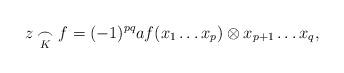
LaTeX: \begin{align*} z\underset{K}{\frown} f = (-1)^{pq} a f(x_1 \ldots x_p) \otimes x_{p+1} \ldots x_{q},\end{align*}